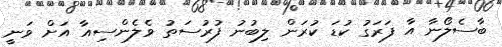
ބާސެލޯނާ އާ ފަރަގު ކުޑަ ކުރަން ލިބުނު ފުރުސަތު ވެލެންސިއާ އަށް ވަނީ